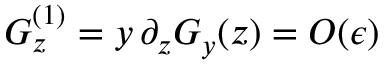
G _ { z } ^ { ( 1 ) } = y \, \partial _ { z } G _ { y } ( z ) = { \cal O } ( \epsilon )